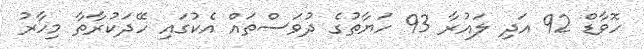
ހޮވާޑް 92 އަދި ލައުރާ 93 ހަޔާތުގެ ދުވަސްތައް އެކުގައި ހޭދަކުރާތާ މިހާރު